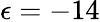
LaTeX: \epsilon=-14